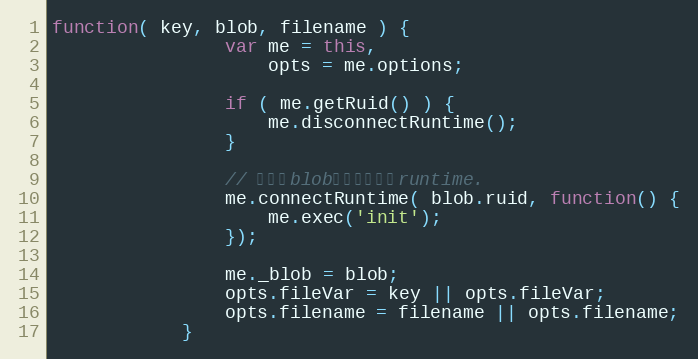
Language: JavaScript
function( key, blob, filename ) {
                var me = this,
                    opts = me.options;

                if ( me.getRuid() ) {
                    me.disconnectRuntime();
                }

                // 连接到blob归属的同一个runtime.
                me.connectRuntime( blob.ruid, function() {
                    me.exec('init');
                });

                me._blob = blob;
                opts.fileVar = key || opts.fileVar;
                opts.filename = filename || opts.filename;
            }